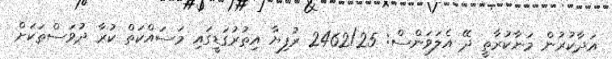
އަދާކުރުން މަނާކުރާތީ ދޭ އެލަވަންސް: 2462/25 ރުފިޔާ އިތުރުގަޑީގައި މަސައްކަތް ކުރާ ދުވަސްތަކަށް